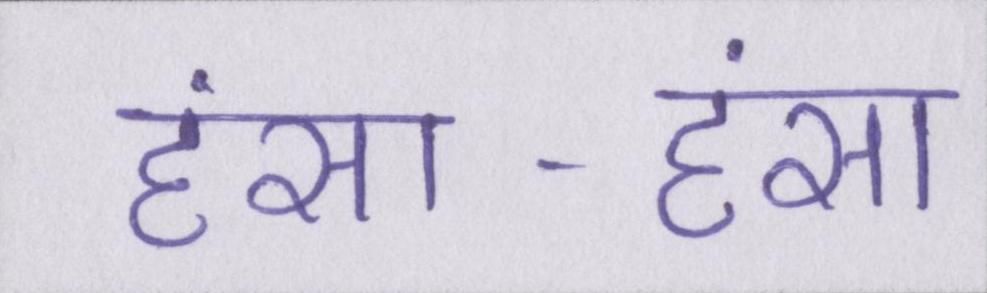
हंसा-हंसा